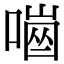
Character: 𠼜